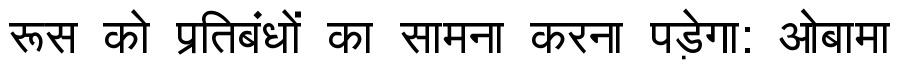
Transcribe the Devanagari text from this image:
रूस को प्रतिबंधों का सामना करना पड़ेगा: ओबामा